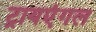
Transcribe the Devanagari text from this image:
ट्रायएंगल